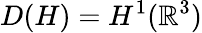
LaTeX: D(H)=H^{1}(\mathbb{R}^{3})